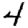
Digit: 4